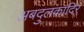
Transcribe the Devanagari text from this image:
अबदुलक़ादिर